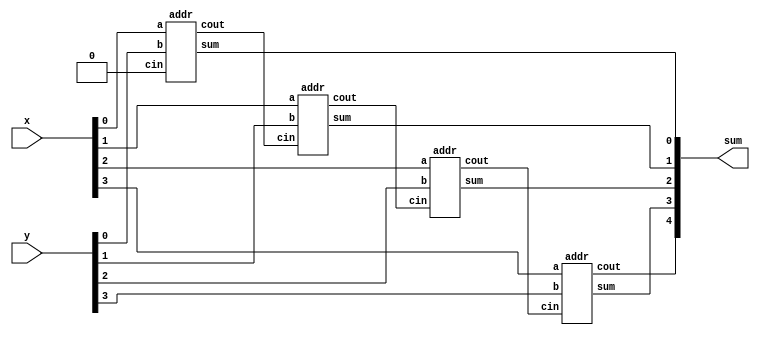
module top_module (
    input [3:0] x,
    input [3:0] y, 
    output [4:0] sum);

    wire [2:0]c_buff;
    
    addr instance_0[3:0]( .a(x), .b(y), .cin({c_buff,1'b0}), .cout({sum[4],c_buff}), .sum(sum[3:0]) );
    
endmodule

module addr( 
    input a, b, cin,
    output cout, sum );

    assign sum = a ^ b ^ cin;
    assign cout = (a&b) | (a&cin) | (b&cin);
    
endmodule